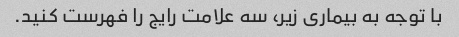
با توجه به بیماری زیر، سه علامت رایج را فهرست کنید.